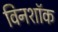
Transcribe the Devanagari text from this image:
विनशॉक